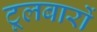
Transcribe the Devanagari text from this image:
टूलबारों